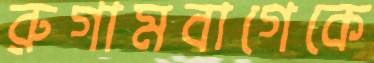
রুগামবাগেকে